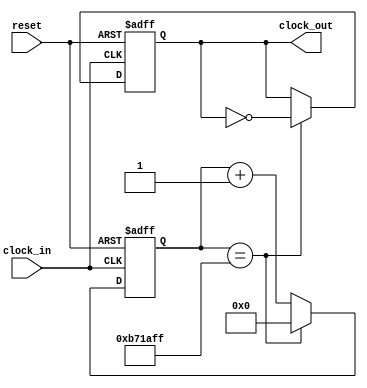
module clock_divider #(
    // Parameters
    parameter COUNTER_SIZE = 24,
    parameter CLOCK_INTERVAL =  12000000
) (
    // Inputs
    input clock_in,
    input reset,
    // Outputs
    output reg clock_out
);

    // Internal Storage
    reg state;
    reg [COUNTER_SIZE-1:0] clock_counter;

    //
    always @ (posedge clock_in or posedge reset) begin
        if (reset) begin
            clock_counter <= 1'b0;
            clock_out <= 1'b0;
        end else if (clock_counter == CLOCK_INTERVAL-1) begin
            clock_counter <= 1'b0;
            clock_out <= ~clock_out;
        end else begin
            clock_counter <= clock_counter + 1'b1;
        end
    end
endmodule